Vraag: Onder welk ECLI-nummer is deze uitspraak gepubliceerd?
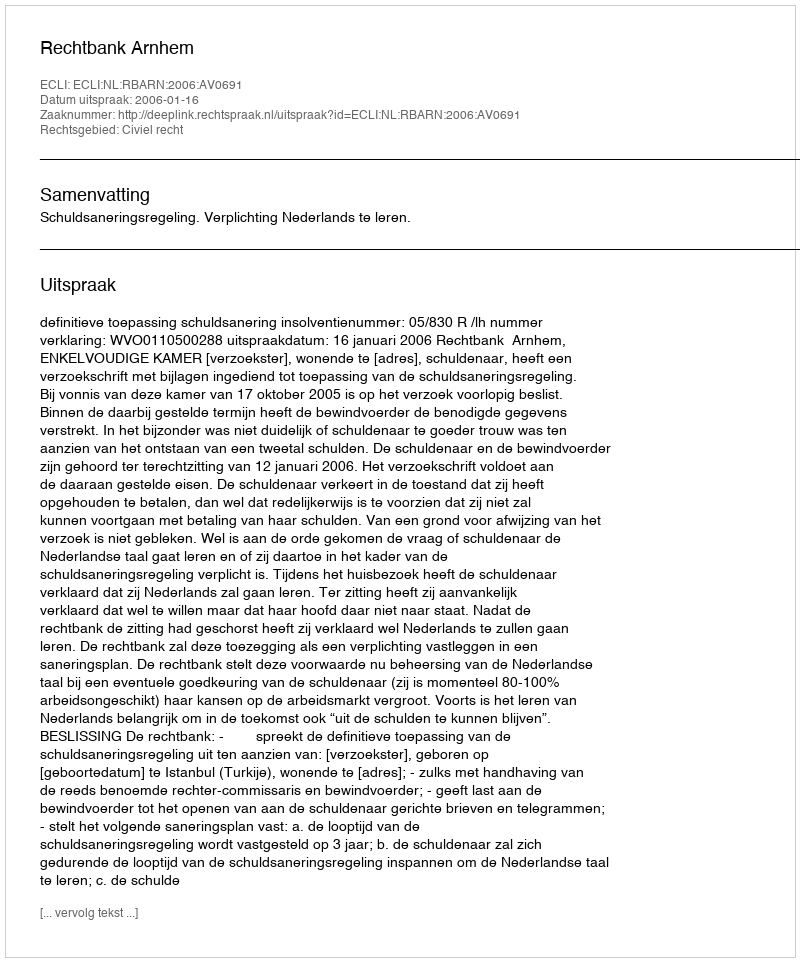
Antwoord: ECLI:NL:RBARN:2006:AV0691